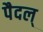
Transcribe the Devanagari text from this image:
पैदल्